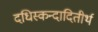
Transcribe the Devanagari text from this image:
दधिस्कन्दादितीर्थ